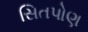
સિતપોણ